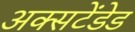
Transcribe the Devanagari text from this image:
अक्सटेंडेड